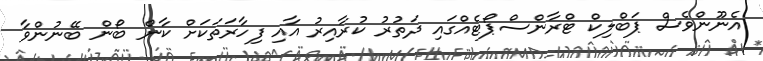
އެނޫންވެސް ޕަބްލިކް ޓްރާންސްޕޯޓެއްގައި ދަތުރު ކުރާއިރު އާއި ފިހާރަތަކަށް ކާން ބޯން ބޭނުންވާ